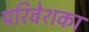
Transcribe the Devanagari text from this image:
परिवेशका